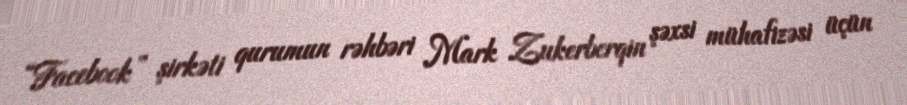
“Facebook” şirkəti qurumun rəhbəri Mark Zukerberqin şəxsi mühafizəsi üçün